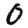
Digit: 0